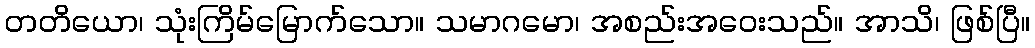
တတိယော၊ သုံးကြိမ်မြောက်သော။ သမာဂမော၊ အစည်းအဝေးသည်။ အာသိ၊ ဖြစ်ပြီ။